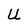
Character: U